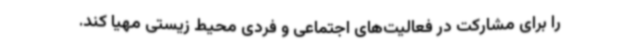
را برای مشارکت در فعالیت‌های اجتماعی و فردی محیط زیستی مهیا کند.